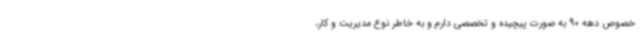
خصوص دهه 90 به صورت پیچیده و تخصصی دارم و به خاطر نوع مدیریت و کار،